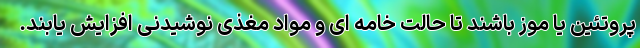
پروتئین یا موز باشند تا حالت خامه ای و مواد مغذی نوشیدنی افزایش یابند.